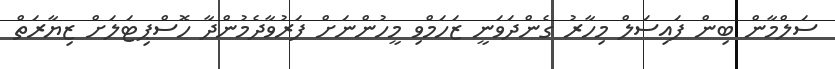
ސަލްމާން ބިން ފައިސަލް މިހާރު ގެންދަވަނީ ޒަހަމްވި މީހުންނަށް ފަރުވާދެމުންދާ ހޮސްޕިޓަލަށް ޒިޔާރަތް